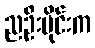
ညဦးပိုင်းက